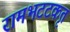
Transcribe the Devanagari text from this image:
रामभटटकृत